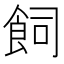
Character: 飼